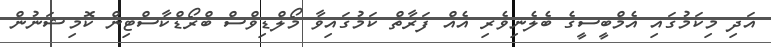
އަދި މިކަމުގައި އެމްބީސީގެ ބެލެނިވެރި އެއް ފަރާތް ކަމުގައިވާ މޯލްޑިވްސް ބްރޯޑްކާސްޓިން ކޮމިޝަނުން